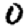
Digit: 0